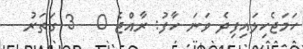
ހަަަމަޖެހިލައިފިދެ ވަނަ ހާފު: ރާއްޖެ 0 - 3 ގަތަރު